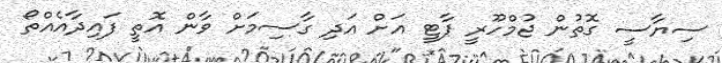
ސިޔާސީ ގޮތުން ޖުމްހޫރީ ޕާޓީ އަށް އަދި ގާސިމަށް ވާން އޮތީ ފައިދާއެއްތޯ